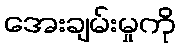
အေးချမ်းမှုကို